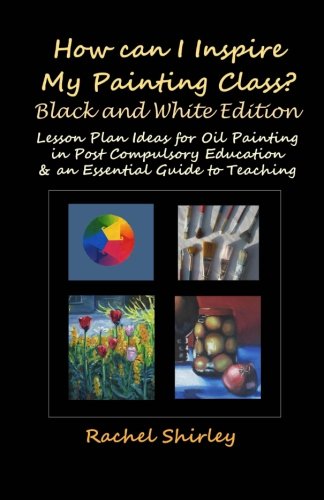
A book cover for How Can I Inspire my Painting Class? (Black and White Edition): Lesson Plan Ideas for Oil Painting in Post Compulsory Education & an Essential Guide to Teaching; Rachel Shirley; Education & Teaching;